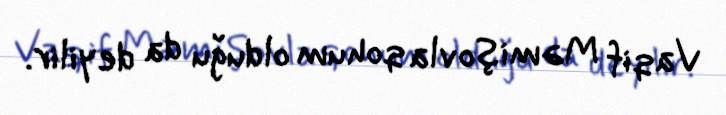
Vaqif Məmişovla qohum olduğu da deyilir.